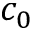
c _ { 0 }